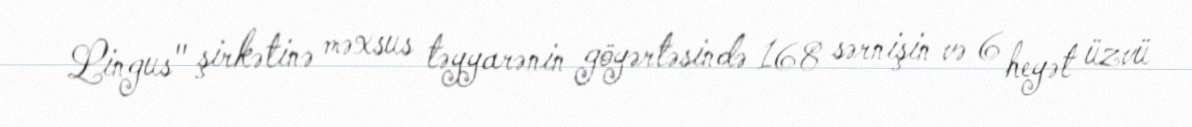
Lingus" şirkətinə məxsus təyyarənin göyərtəsində 168 sərnişin və 6 heyət üzvü